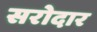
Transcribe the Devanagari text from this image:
सरोदार